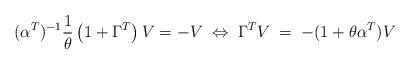
LaTeX: \begin{align*} (\alpha^T)^{-1} \frac{1}{\theta} \left( 1 + \Gamma^T \right) V = - V \; \Leftrightarrow \; \Gamma^T V \; = \; -( 1 + \theta \alpha^T ) V\end{align*}